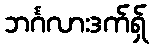
ဘင်္ဂလားဒက်ရှ်